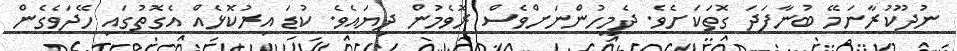
ނުދޫކުރާނަމޭ ބުނާފަދަ ގޮތަކަށެވެ. ދެމީހުންނަށްވެސް ރޮވެމުން ދިޔައެވެ. ކުޑަ އިރުކޮޅެއް އެގޮތުގައި ހޭދަވެގެން